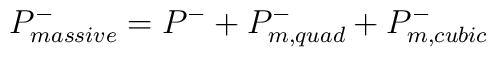
P_{massive}^{-} =P^- +  P_{m,quad}^- + P_{m,cubic}^{-}